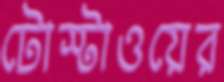
টোস্টাওয়ের